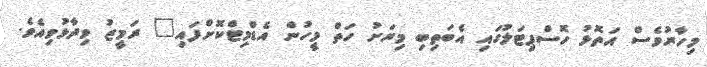
މިހާރުވެސް އަތޮޅު ހޮސްޕިޓަލުގައި އެބަތިބި މިރަށު ހަތް މީހުން އެޑްމިޓްކޮށްފައި" ރަމީޒު ވިދާޅުވިއެވެ.